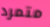
متمرد